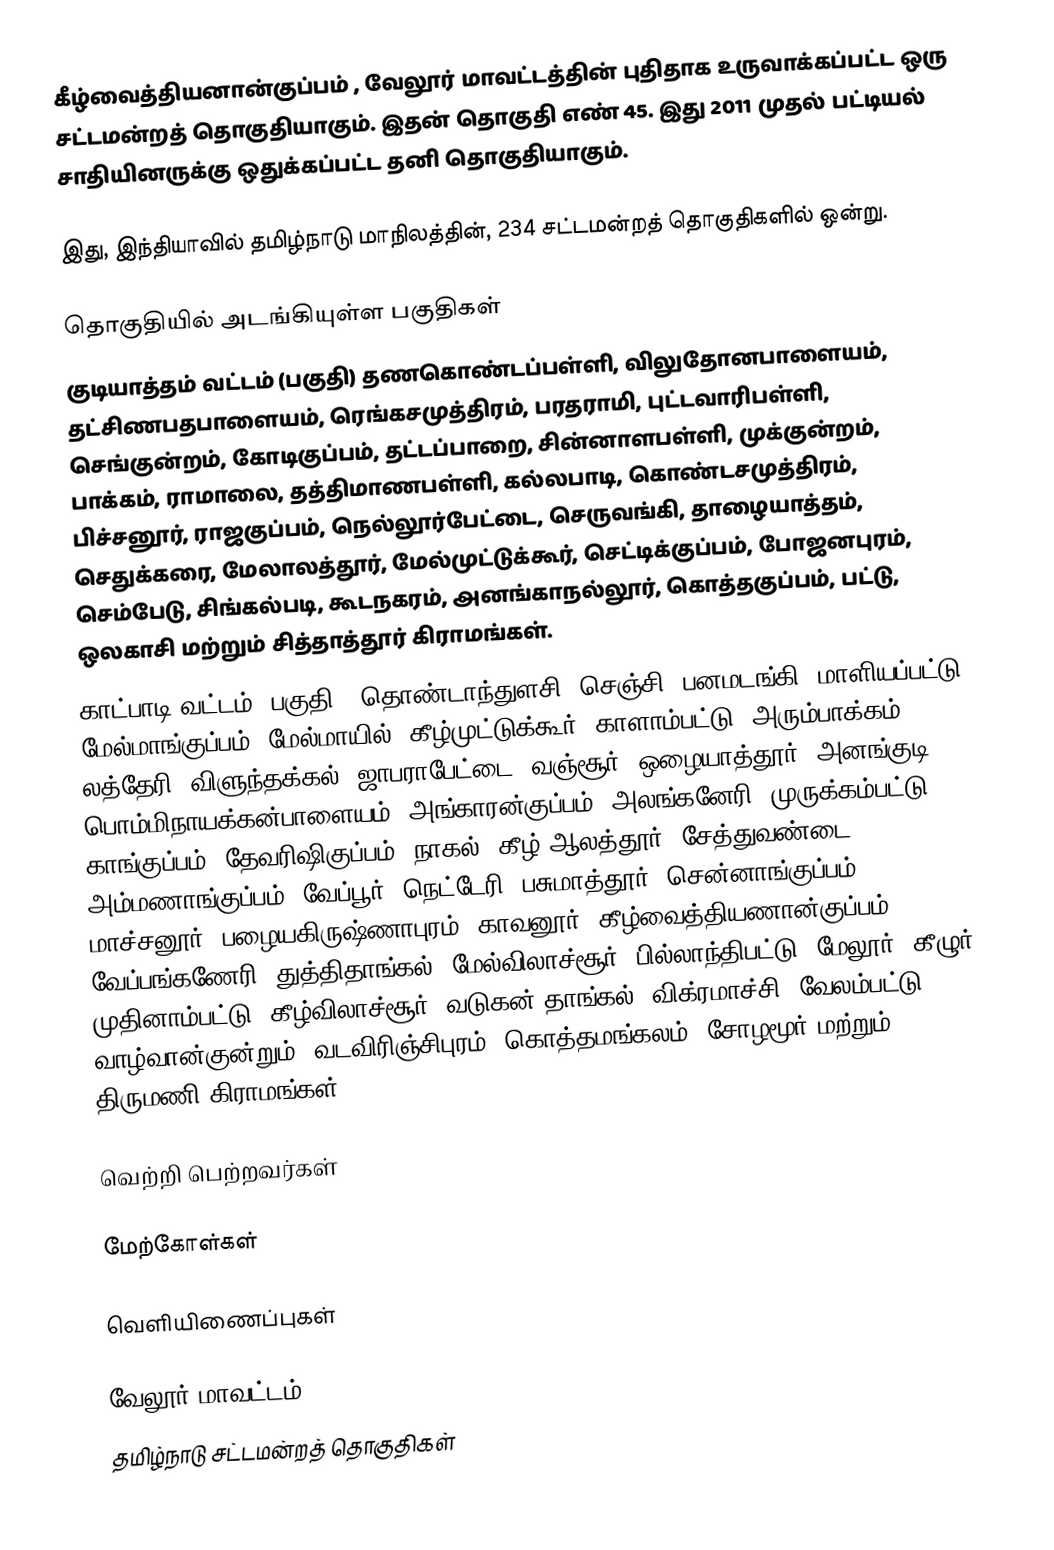
கீழ்வைத்தியனான்குப்பம் , வேலூர் மாவட்டத்தின் புதிதாக உருவாக்கப்பட்ட ஒரு சட்டமன்றத் தொகுதியாகும். இதன் தொகுதி எண் 45. இது  2011 முதல் பட்டியல் சாதியினருக்கு ஒதுக்கப்பட்ட  தனி தொகுதியாகும்.

இது, இந்தியாவில் தமிழ்நாடு மாநிலத்தின், 234 சட்டமன்றத் தொகுதிகளில் ஒன்று.

தொகுதியில் அடங்கியுள்ள பகுதிகள்
குடியாத்தம் வட்டம் (பகுதி) தணகொண்டப்பள்ளி, விலுதோனபாளையம், தட்சிணபதபாளையம், ரெங்கசமுத்திரம், பரதராமி, புட்டவாரிபள்ளி, செங்குன்றம், கோடிகுப்பம், தட்டப்பாறை, சின்னாளபள்ளி, முக்குன்றம், பாக்கம், ராமாலை, தத்திமாணபள்ளி, கல்லபாடி, கொண்டசமுத்திரம், பிச்சனூர், ராஜகுப்பம், நெல்லூர்பேட்டை, செருவங்கி, தாழையாத்தம், செதுக்கரை, மேலாலத்தூர், மேல்முட்டுக்கூர், செட்டிக்குப்பம், போஜனபுரம், செம்பேடு, சிங்கல்படி, கூடநகரம், அனங்காநல்லூர், கொத்தகுப்பம், பட்டு, ஒலகாசி மற்றும் சித்தாத்தூர் கிராமங்கள்.
காட்பாடி வட்டம் (பகுதி), தொண்டாந்துளசி, செஞ்சி, பனமடங்கி, மாளியப்பட்டு, மேல்மாங்குப்பம், மேல்மாயில், கீழ்முட்டுக்கூர், காளாம்பட்டு, அரும்பாக்கம், லத்தேரி, விளுந்தக்கல், ஜாபராபேட்டை, வஞ்சூர், ஒழையாத்தூர், அனங்குடி, பொம்மிநாயக்கன்பாளையம், அங்காரன்குப்பம், அலங்கனேரி, முருக்கம்பட்டு, காங்குப்பம், தேவரிஷிகுப்பம், நாகல், கீழ் ஆலத்தூர், சேத்துவண்டை, அம்மணாங்குப்பம், வேப்பூர், நெட்டேரி, பசுமாத்தூர், சென்னாங்குப்பம், மாச்சனூர், பழையகிருஷ்ணாபுரம், காவனூர், கீழ்வைத்தியணான்குப்பம், வேப்பங்கணேரி, துத்திதாங்கல், மேல்விலாச்சூர், பில்லாந்திபட்டு, மேலூர், கீழுர், முதினாம்பட்டு, கீழ்விலாச்சூர், வடுகன் தாங்கல், விக்ரமாச்சி, வேலம்பட்டு, வாழ்வான்குன்றும், வடவிரிஞ்சிபுரம், கொத்தமங்கலம், சோழமூர் மற்றும் திருமணி கிராமங்கள்.

வெற்றி பெற்றவர்கள்

மேற்கோள்கள்

வெளியிணைப்புகள்

வேலூர் மாவட்டம்
தமிழ்நாடு சட்டமன்றத் தொகுதிகள்